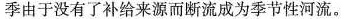
季由于没有了补给来源而断流成为季节性河流。